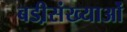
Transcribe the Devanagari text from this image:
बडी़संख्याओं